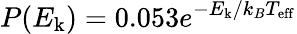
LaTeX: P(E_{\mathrm{k}})=0.053e^{-E_{\mathrm{k}}/k_{B}T_{\mathrm{eff}}}